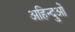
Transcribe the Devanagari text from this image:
अहिन्दुओं